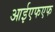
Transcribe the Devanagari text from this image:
आईएफएफ